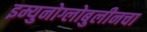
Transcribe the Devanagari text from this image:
इम्युनोग्लोबुलीनचा